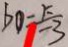
b o = \frac { k } { - 3 }